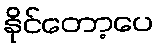
နိုင်တော့ပေ